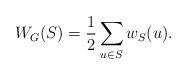
LaTeX: \begin{align*}W_G(S)=\frac 12\sum_{u\in S}w_S(u).\end{align*}